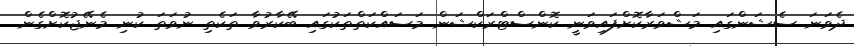
ދެވަނަ ސެޝަންގައި މަޝްވަރާކޮށްފައިވަނީ ކޮންސްޓްރަކްޝަން މަސައްކަތްތަކުގައި ބޭކާރުވާ ތަކެތި ނުވަތަ ކުނި މެނޭޖުކޮށްގެން